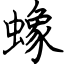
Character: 蟓